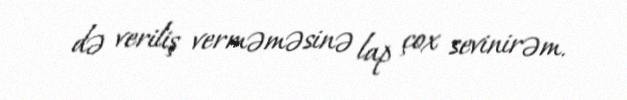
də veriliş verməməsinə lap çox sevinirəm.